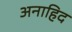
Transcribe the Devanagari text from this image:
अनाहिद